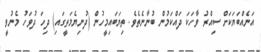
އަނެއްބަޔަކަށް ސިއްރު ވާހަކަ ދައްކަމުން ބުނާނެތެވެ. ތިޔަބައިމީހުން (ދުނިޔެމަތީގައި) ދިހަ ދުވަހު މެނުވީ